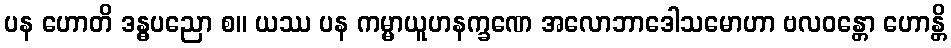
ပန ဟောတိ ဒန္ဓပညော စ။ ယဿ ပန ကမ္မာယူဟနက္ခဏေ အလောဘာဒေါသမောဟာ ဗလဝန္တော ဟောန္တိ